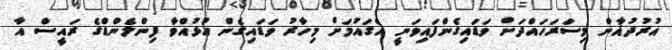
އުރުދުޣާން މިސަރަހައްދަށް ވަޑައިގެންފައިވަނީ އެގައުމަށް މިހާރު ވަޑައިގެން އުޅުއްވާ ފިންލެންޑްގެ ރައީސް އާ